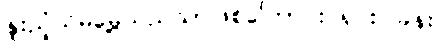
နူးညံ့သိမ်မွေ့သည်သာဖြစ်ကြောင်း ရှင်းပြခန်း။